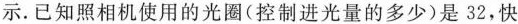
示.已知照相机使用的光圈(控制进光量的多少)是32，快